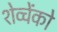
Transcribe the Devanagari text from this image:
शेव्चेंको